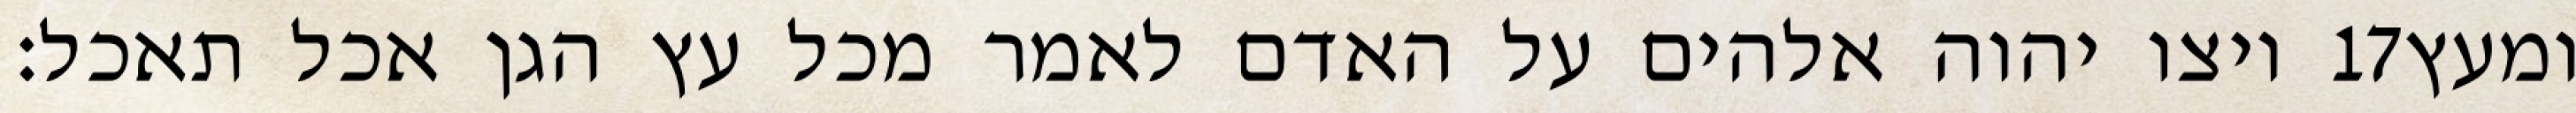
ויצו יהוה אלהים על האדם לאמר מכל עץ הגן אכל תאכל׃ ‎17‏ ומעץ